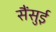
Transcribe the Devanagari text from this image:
सैंसुई